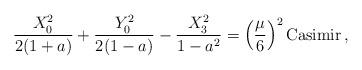
LaTeX: \begin{align*}{X_0^2\over 2(1+a)}+{Y_0^2\over 2(1-a)} - {X_3^2\over 1-a^2} = \left( {\mu\over 6}\right)^2 {\rm Casimir}\,, \end{align*}